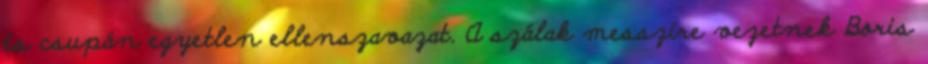
és csupán egyetlen ellenszavazat. A szálak messzire vezetnek Boris